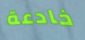
خادعة